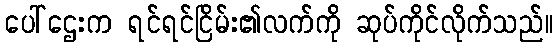
ပေါ်ဌေးက ရင်ရင်ငြိမ်း၏လက်ကို ဆုပ်ကိုင်လိုက်သည်။